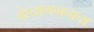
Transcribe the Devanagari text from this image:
वेश्यागमनाचा